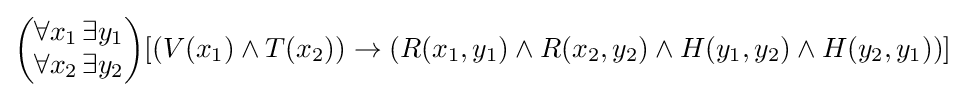
{\begin{pmatrix}\forall x_{1}\,\exists y_{1}\\\forall x_{2}\,\exists y_{2}\end{pmatrix}}[(V(x_{1})\wedge T(x_{2}))\rightarrow (R(x_{1},y_{1})\wedge R(x_{2},y_{2})\wedge H(y_{1},y_{2})\wedge H(y_{2},y_{1}))]